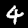
Digit: 4